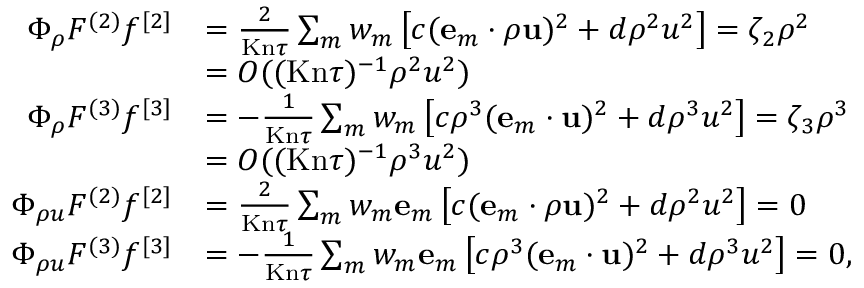
\begin{array} { r l } { \Phi _ { \rho } F ^ { ( 2 ) } f ^ { [ 2 ] } } & { = \frac 2 { \ensuremath { \mathrm { K n } } \tau } \sum _ { m } w _ { m } \left[ c ( \ensuremath { \mathbf { e } } _ { m } \cdot \rho \ensuremath { \mathbf { u } } ) ^ { 2 } + d \rho ^ { 2 } u ^ { 2 } \right] = \zeta _ { 2 } \rho ^ { 2 } } \\ & { = O ( ( \ensuremath { \mathrm { K n } } \tau ) ^ { - 1 } \rho ^ { 2 } u ^ { 2 } ) } \\ { \Phi _ { \rho } F ^ { ( 3 ) } f ^ { [ 3 ] } } & { = - \frac 1 { \ensuremath { \mathrm { K n } } \tau } \sum _ { m } w _ { m } \left[ c \rho ^ { 3 } ( \ensuremath { \mathbf { e } } _ { m } \cdot \ensuremath { \mathbf { u } } ) ^ { 2 } + d \rho ^ { 3 } u ^ { 2 } \right] = \zeta _ { 3 } \rho ^ { 3 } } \\ & { = O ( ( \ensuremath { \mathrm { K n } } \tau ) ^ { - 1 } \rho ^ { 3 } u ^ { 2 } ) } \\ { \Phi _ { \rho u } F ^ { ( 2 ) } f ^ { [ 2 ] } } & { = \frac 2 { \ensuremath { \mathrm { K n } } \tau } \sum _ { m } w _ { m } \ensuremath { \mathbf { e } } _ { m } \left[ c ( \ensuremath { \mathbf { e } } _ { m } \cdot \rho \ensuremath { \mathbf { u } } ) ^ { 2 } + d \rho ^ { 2 } u ^ { 2 } \right] = 0 } \\ { \Phi _ { \rho u } F ^ { ( 3 ) } f ^ { [ 3 ] } } & { = - \frac 1 { \ensuremath { \mathrm { K n } } \tau } \sum _ { m } w _ { m } \ensuremath { \mathbf { e } } _ { m } \left[ c \rho ^ { 3 } ( \ensuremath { \mathbf { e } } _ { m } \cdot \ensuremath { \mathbf { u } } ) ^ { 2 } + d \rho ^ { 3 } u ^ { 2 } \right] = 0 , } \end{array}